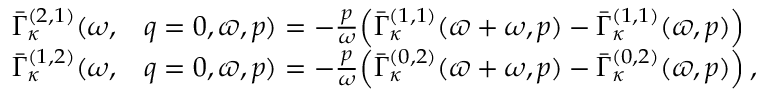
\begin{array} { r l } { \bar { \Gamma } _ { \kappa } ^ { ( 2 , 1 ) } ( \omega , } & { q = 0 , \varpi , p ) = - \frac { p } { \omega } \Big ( \bar { \Gamma } _ { \kappa } ^ { ( 1 , 1 ) } ( \varpi + \omega , p ) - \bar { \Gamma } _ { \kappa } ^ { ( 1 , 1 ) } ( \varpi , p ) \Big ) } \\ { \bar { \Gamma } _ { \kappa } ^ { ( 1 , 2 ) } ( \omega , } & { q = 0 , \varpi , p ) = - \frac { p } { \omega } \Big ( \bar { \Gamma } _ { \kappa } ^ { ( 0 , 2 ) } ( \varpi + \omega , p ) - \bar { \Gamma } _ { \kappa } ^ { ( 0 , 2 ) } ( \varpi , p ) \Big ) \, , } \end{array}